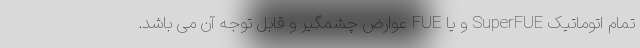
تمام اتوماتیک SuperFUE و یا FUE عوارض چشمگیر و قابل توجه آن می باشد.